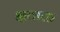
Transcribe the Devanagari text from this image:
क्षताक्त